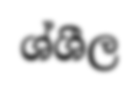
ශ්ශීල